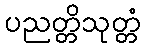
ပညတ္တိသုတ္တံ